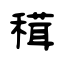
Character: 穁